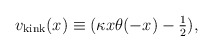
\begin{align*}v_{\rm kink}(x)\equiv (\kappa x \theta(-x) - {\textstyle{1\over2}}),\end{align*}